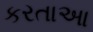
કરતાઆ